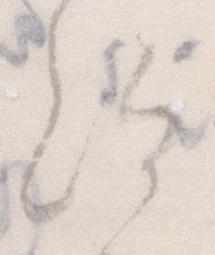
給